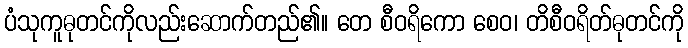
ပံသုကူဓုတင်ကိုလည်းဆောက်တည်၏။ တေ စီဝရိကော စေဝ၊ တိစီဝရိတ်ဓုတင်ကို